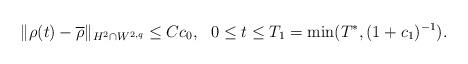
LaTeX: \begin{align*}\|\rho(t)-\overline{\rho}\|_{H^2\cap W^{2,q}}\leq Cc_0,\ \ 0\leq t \leq T_1=\min(T^*,(1+c_1)^{-1}).\end{align*}